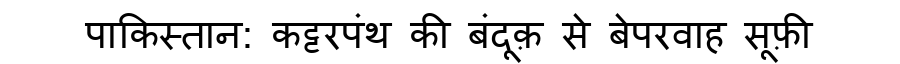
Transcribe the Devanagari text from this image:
पाकिस्तान: कट्टरपंथ की बंदूक़ से बेपरवाह सूफ़ी